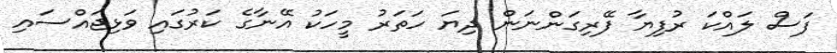
ފަސް ލައްކަ ރުފިޔާ ފޭރިގަންނަން ދިޔަ ހަތަރު މީހަކު އޭނާގެ ކަރުގައި ވަޅިޖައްސައި